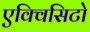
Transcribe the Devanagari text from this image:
एक्विसिटो